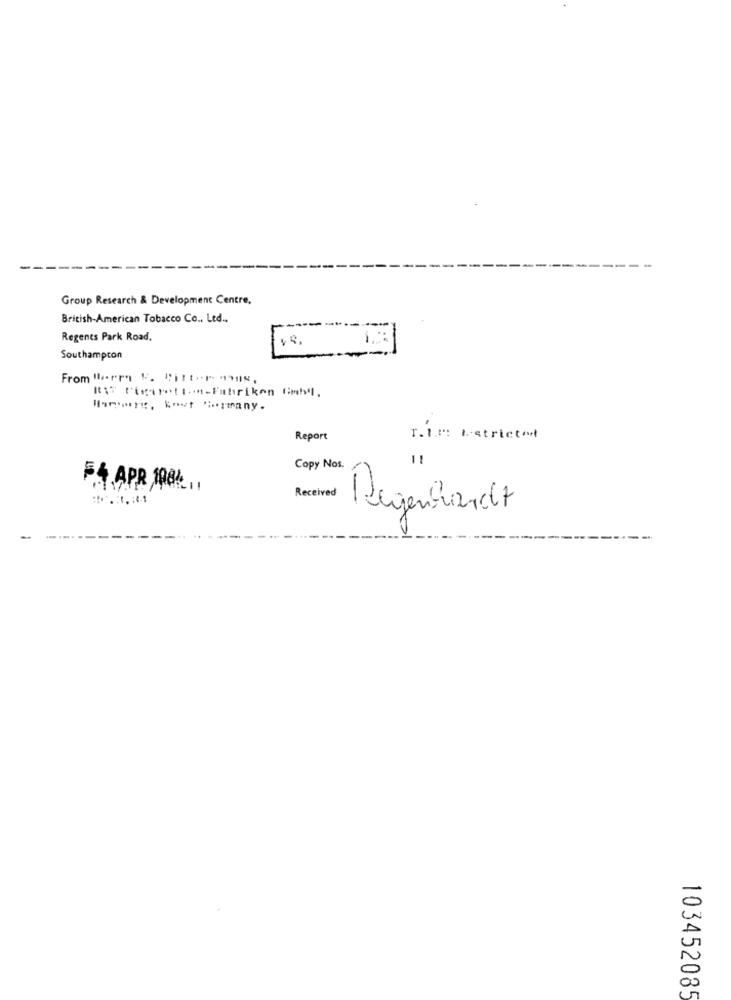
Group Research & Development Centre,
British-American Tobacco Co ., Ltd ..
Regents Park Road.
Southampton
RAF Pigtretton-Fabriken fimbel.
Har, kout "imany.
Report
r.I .: Matrictot
11
Copy Nos.
APR 108211
Received
Degenhardt
103452085